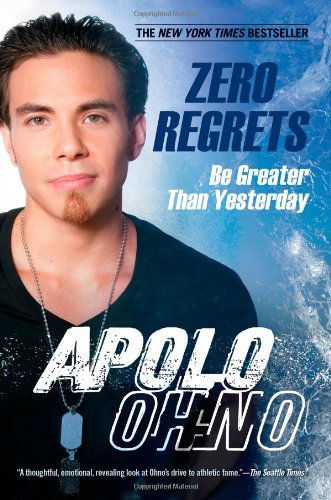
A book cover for Zero Regrets: Be Greater Than Yesterday; Apolo Ohno; Sports & Outdoors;